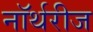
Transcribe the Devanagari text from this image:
नॉर्थरीज